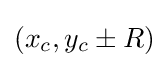
(x_{c},y_{c}\pm R)